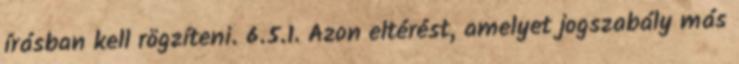
írásban kell rögzíteni. 6.5.1. Azon eltérést, amelyet jogszabály más